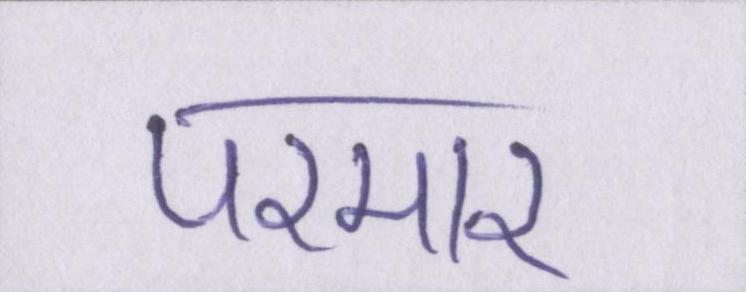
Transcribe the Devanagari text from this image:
परमार